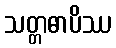
သတ္တဓာပိဿ